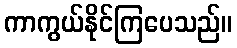
ကာကွယ်နိုင်ကြပေသည်။